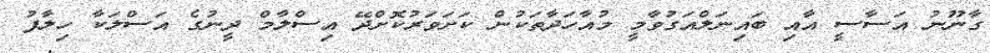
ގާނޫނު އަސާސީ އާއި ބައިނަލްއަގުވާމީ މުއާހަދާތަކުން ކަށަވަރުކޮށްދޭ އިސްލާމް ދީނުގެ އަސްލަކާ ހިލާފު